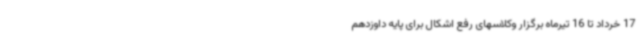
17 خرداد تا 16 تیرماه برگزار وکلاسهای رفع اشکال برای پایه داوزدهم